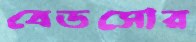
বেডসোর